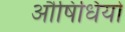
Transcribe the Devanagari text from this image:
औषिधियो